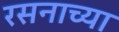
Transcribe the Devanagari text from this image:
रसनाच्या